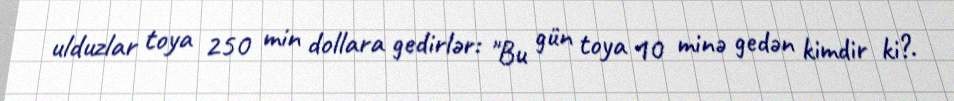
ulduzlar toya 250 min dollara gedirlər: "Bu gün toya 10 minə gedən kimdir ki?.